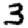
Digit: 3